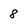
Character: 8